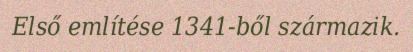
Első említése 1341-ből származik.